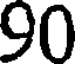
90